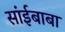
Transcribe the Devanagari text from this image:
सांईबाबा